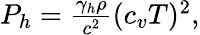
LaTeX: \begin{array}{r}{P_{h}=\frac{\gamma_{h}\rho}{c^{2}}(c_{v}T)^{2},}\end{array}